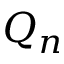
Q _ { n }